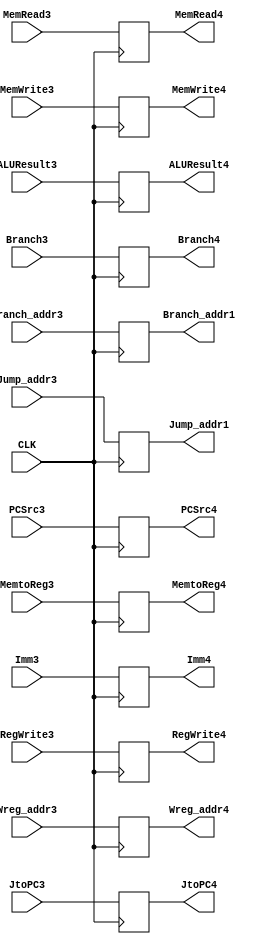
module Third_Pipe(
		/*CLK*/
		input wire CLK,

		/*Values*/
		input wire [31:0] Imm3,
		input wire [31:0] Branch_addr3,
		input wire [31:0] Jump_addr3,
		input wire [4:0] Wreg_addr3,
		input wire [31:0] ALUResult3,

		/*Controls*/
		input wire PCSrc3,
	    input wire JtoPC3,
  		input wire Branch3,
  		input wire RegWrite3,
  		input wire MemWrite3,
  		input wire MemRead3,
  		input wire MemtoReg3,


  		/*Outputs*/
  		output reg [31:0] Imm4,
  		output reg [31:0] Branch_addr1,
  		output reg [31:0] Jump_addr1,
  		output reg [4:0] Wreg_addr4,
  		output reg [31:0] ALUResult4,

  		output reg PCSrc4,
  		output reg JtoPC4,
  		output reg Branch4,
  		output reg RegWrite4,
  		output reg MemWrite4,
  		output reg MemRead4,
  		output reg MemtoReg4
	);

always @(posedge CLK)
begin
	Imm4 <= Imm3;
	Branch_addr1 <= Branch_addr3;
	Jump_addr1 <= Jump_addr3;
	Wreg_addr4 <= Wreg_addr3;
	ALUResult4 <= ALUResult3;
	PCSrc4 <= PCSrc3;
	JtoPC4 <= JtoPC3;
	Branch4 <= Branch3;
	RegWrite4 <= RegWrite3;
	MemWrite4 <= MemWrite3;
	MemRead4 <= MemRead3;
	MemtoReg4 <= MemtoReg3;
end
endmodule